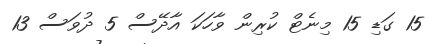
15 ގަޑި 15 މިނެޓް ކުރިން ވާހަކަ އާދޭސް 5 ދުވަސް 13